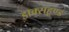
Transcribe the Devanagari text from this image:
डाक्सहूण्ड